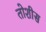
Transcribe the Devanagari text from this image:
तोशीस